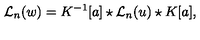
{ { \mathcal L } _ { n } } ( w ) = K ^ { - 1 } [ a ] \star { { \mathcal L } _ { n } } ( u ) \star K [ a ] ,